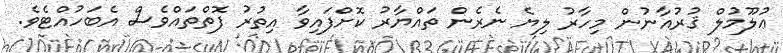
ޢުލޫމުލް ޤުރުއާނުން މިހާރު ލިޔެ ނެރެން ތައްޔާރު ކޮށްފައިވާ އިތުރު ފޮތްތައްވެސް އެބަހުއްޓެވެ.